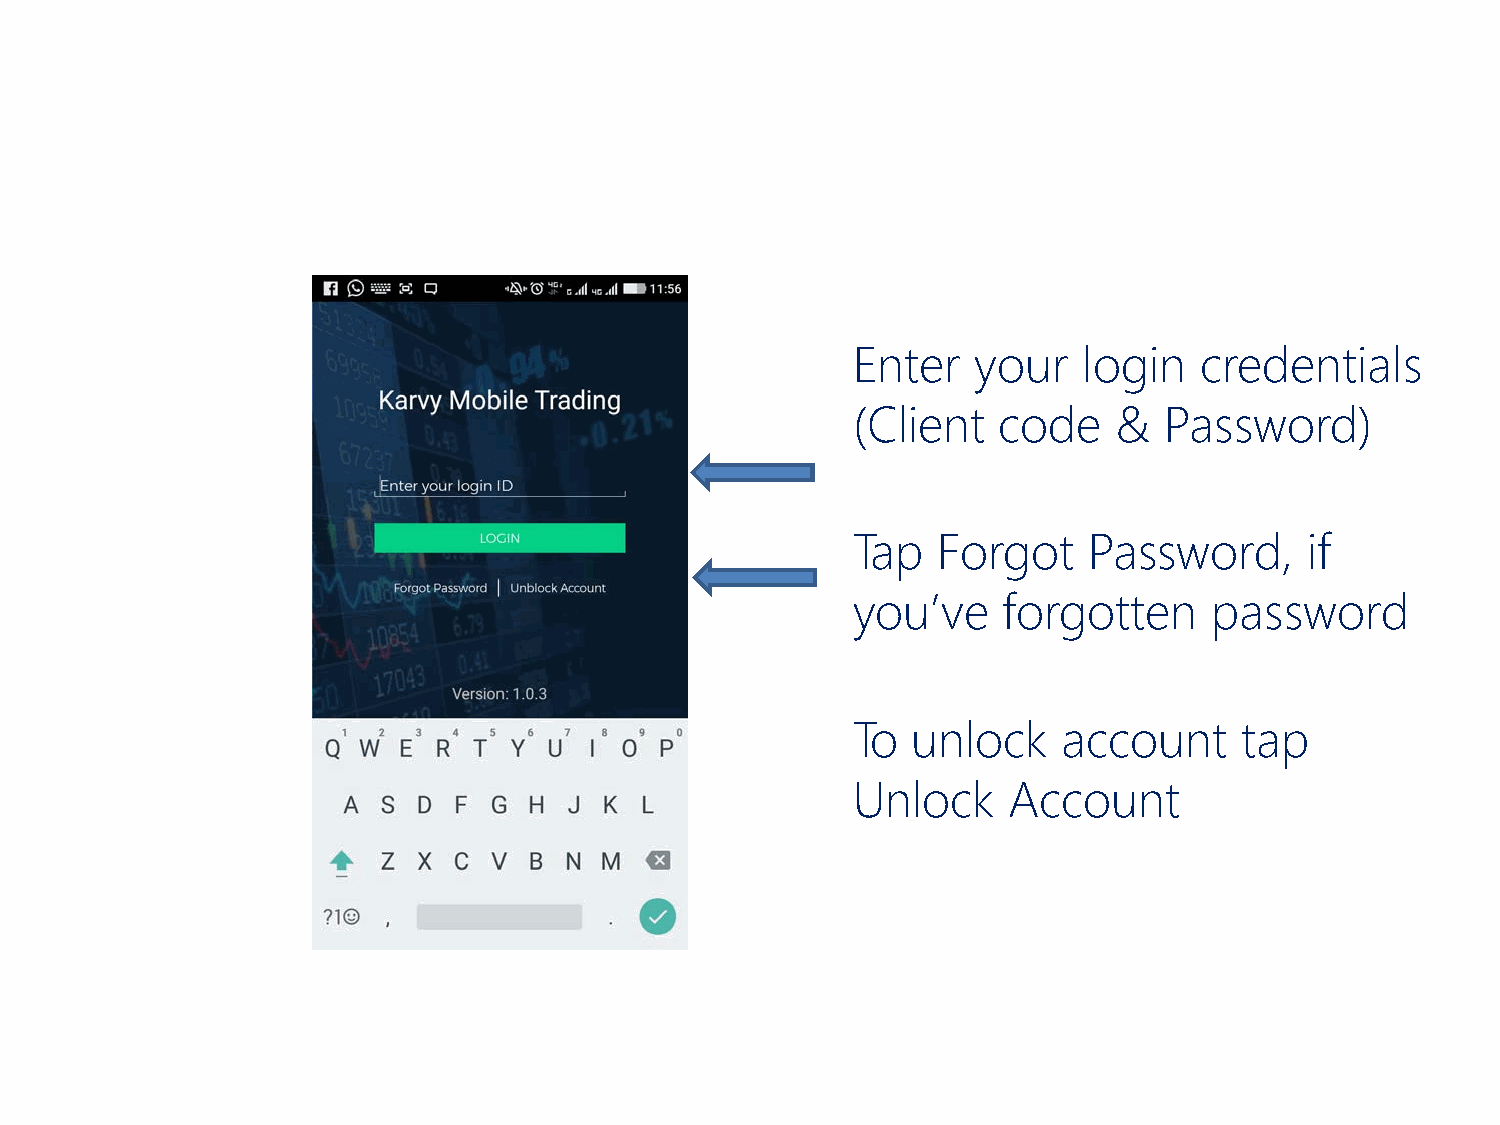
Enter    your   login  credentials
 (Client   code    &  Password)
 Tap   Forgot    Password,      if
 you’ve    forgotten     password
 To  unlock    account     tap
 Unlock     Account